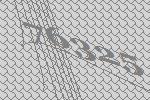
76325